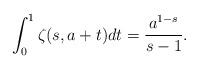
LaTeX: \begin{align*}\int_{0}^{1}\zeta(s,a+t)dt=\frac{a^{1-s}}{s-1}.\end{align*}